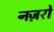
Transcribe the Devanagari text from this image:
नज़रो